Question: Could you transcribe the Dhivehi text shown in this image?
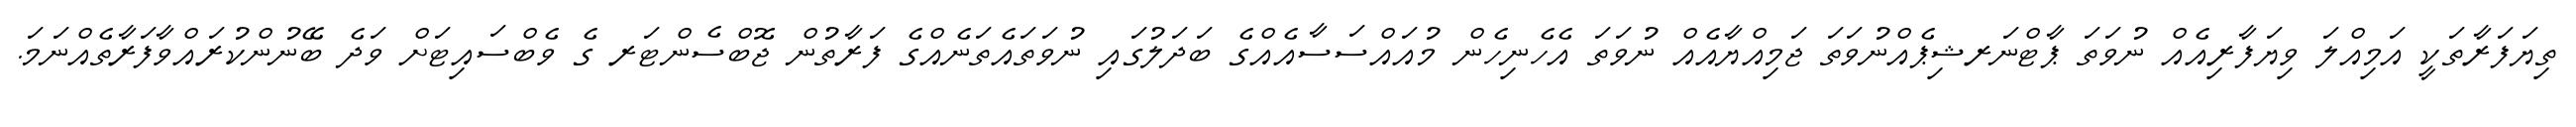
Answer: ތިޔަފަރާތަކީ އަމިއްލަ ވިޔަފާރިއެއް ނުވަތަ ޕާޓްނަރޝިޕެއްނުވަތަ ޖަމިއްޔާއެއް ނުވަތަ އެހެނިހެން މުއައްސަސާއެއްގެ ބަދަލުގައި ނުވަތައެތަނެއްގެ ފަރާތުން ޖޮބްސެންޓަރ ގެ ވެބްސައިޓަށް ވަދެ ބޭނުންކުރައްވާފަރާތެއްނަމަ.